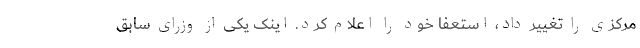
مرکزی را تغییر داد، استعفا خود را اعلام کرد. اینک یکی از وزرای سابق